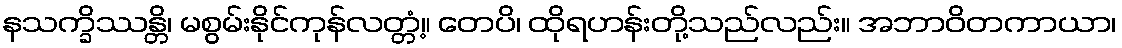
နသက္ခိဿန္တိ၊ မစွမ်းနိုင်ကုန်လတ္တံ့။ တေပိ၊ ထိုရဟန်းတို့သည်လည်း။ အဘာဝိတကာယာ၊